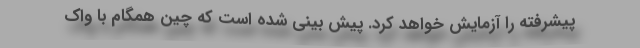
پیشرفته را آزمایش خواهد کرد. پیش بینی شده است که چین همگام با واک